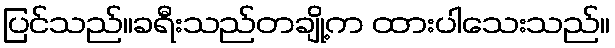
ပြင်သည်။ခရီးသည်တချို့က ထားပါသေးသည်။